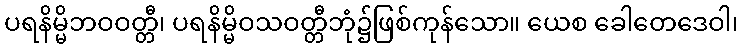
ပရနိမ္မိဘဝဝတ္တီ၊ ပရနိမ္မိဝသဝတ္တီဘုံ၌ဖြစ်ကုန်သော။ ယေစ ခေါတေဒေဝါ၊